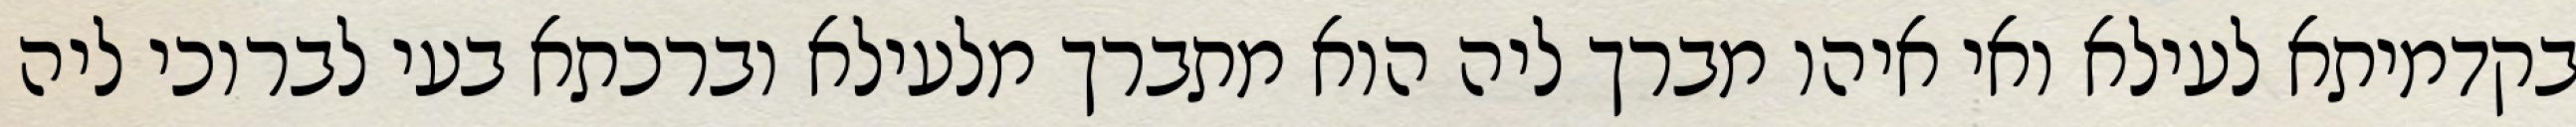
בקדמיתא לעילא ואי איהו מברך ליה הוא מתברך מלעילא וברכתא בעי לברוכי ליה